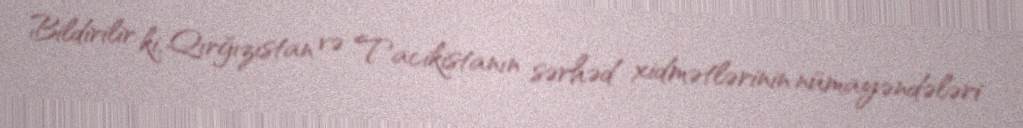
Bildirilir ki, Qırğızıstan və Tacikistanın sərhəd xidmətlərinin nümayəndələri